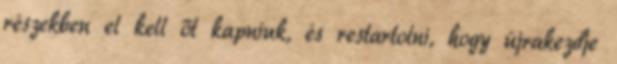
részekben el kell őt kapniuk, és restartolni, hogy újrakezdje